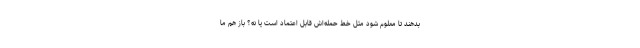
بدهند تا معلوم شود مثل خط حمله‌اش قابل اعتماد است یا نه؟ باز هم ما